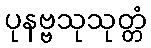
ပုနဗ္ဗသုသုတ္တံ